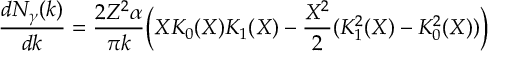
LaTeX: { \frac { d N _ { \gamma } ( k ) } { d k } } = { \frac { 2 Z ^ { 2 } \alpha } { \pi k } } \bigg ( X K _ { 0 } ( X ) K _ { 1 } ( X ) - { \frac { X ^ { 2 } } { 2 } } ( K _ { 1 } ^ { 2 } ( X ) - K _ { 0 } ^ { 2 } ( X ) ) \bigg )